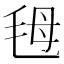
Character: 𣭇